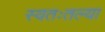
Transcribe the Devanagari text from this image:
स्वतःतल्या